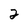
Character: 2